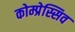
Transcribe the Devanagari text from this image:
कोम्प्रेस्सिव